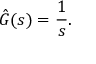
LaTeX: { \hat { G } } ( s ) = { \frac { 1 } { s } } .